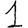
Digit: 1